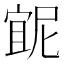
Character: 𭔇